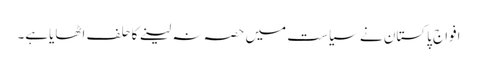
افواج پاکستان نے سیاست میں حصہ نہ لینے کاحلف اٹھایاہے۔